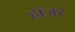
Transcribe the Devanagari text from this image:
हॉजर